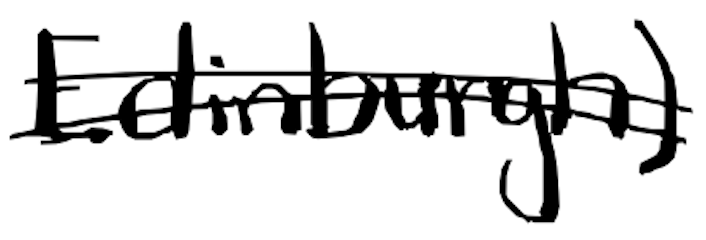
Text: Edinburgh)
Cross-out: double-line
Writing tool: digital_black